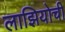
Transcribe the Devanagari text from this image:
लाझियोची